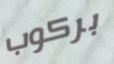
بركوب